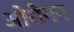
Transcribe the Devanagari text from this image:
ओरीगन